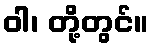
ဝါ၊ တို့တွင်။